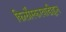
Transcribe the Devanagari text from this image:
किर्लोस्करवाडीहून